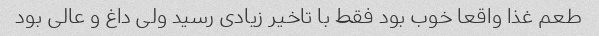
طعم غذا واقعا خوب بود فقط با تاخیر زیادی رسید ولی داغ و عالی بود